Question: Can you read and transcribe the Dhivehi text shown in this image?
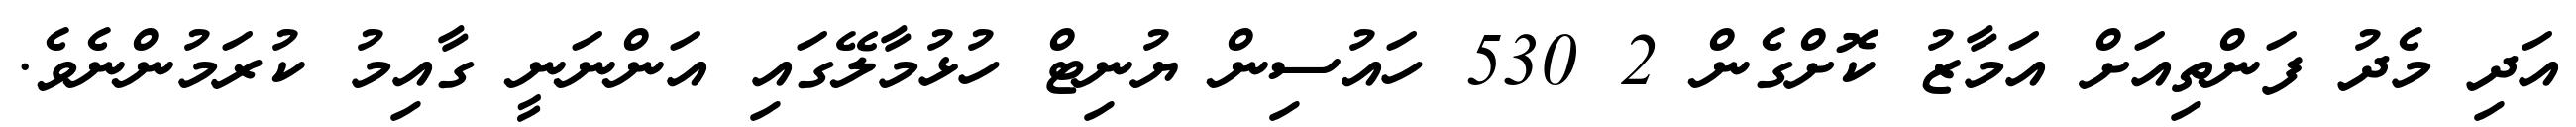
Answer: އަދި މެދު ފަންތިއަށް އަމާޒު ކޮށްގެން 2 530 ހައުސިން ޔުނިޓް ހުޅުމާލޭގައި އަންނަނީ ގާއިމު ކުރަމުންނެވެ.